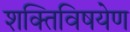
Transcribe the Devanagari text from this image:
शक्तिविषयेण